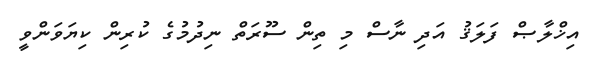
އިޚްލާޞް ފަލަޤު އަދި ނާސް މި ތިން ސޫރަތް ނިދުމުގެ ކުރިން ކިޔަވަންވީ